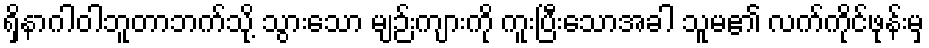
ရှိနာဂါဝါဘူတာဘက်သို့ သွားသော မျဉ်းကျားကို ကူးပြီးသောအခါ သူမ၏ လက်ကိုင်ဖုန်းမှ